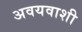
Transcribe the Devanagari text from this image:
अवयवाशी